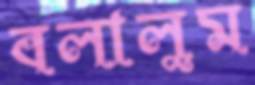
বলালুম